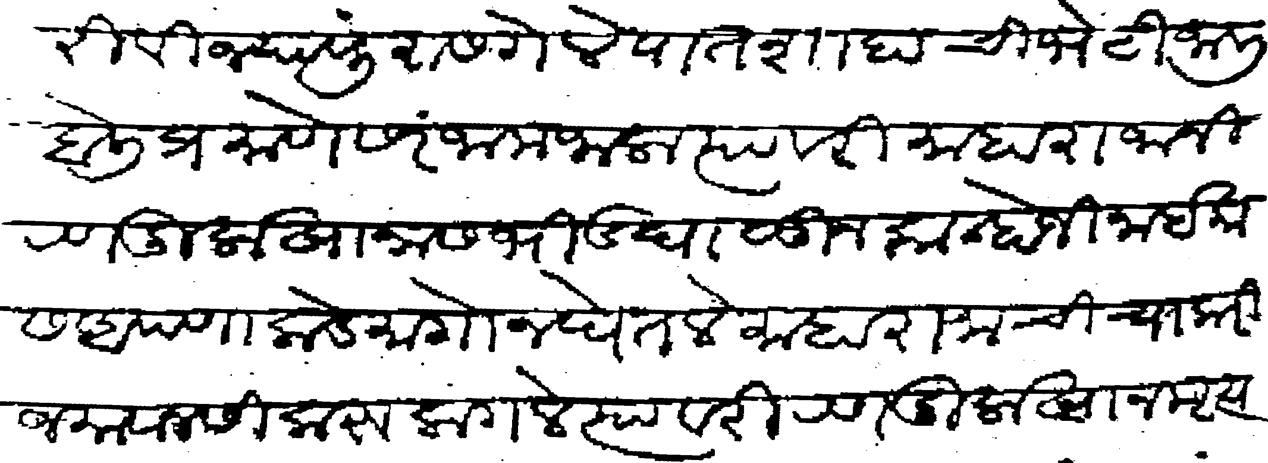
Transliteration (Devanagari): त्यावरी विज्यापुरास गेले पातशाहाची भेटी जाली बोली प्रमाणे सरंजाम जाला त्यावरी माहाराजानी रणदुलाखानास भीड घालुन कान्होजी नाईकास आपणाकडे मागोन घेतले माहाराजाची चाकरी जमावानसी करू लागले त्यावरी रणदुलाखान मृत्य